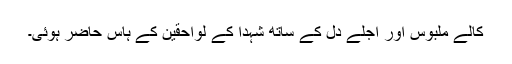
کالے ملبوس اور اجلے دل کے ساتھ شہدا کے لواحقین کے ہاس حاضر ہوئی۔